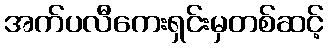
အက်ပလီကေးရှင်းမှတစ်ဆင့်